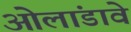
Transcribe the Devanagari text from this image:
ओलांडावे